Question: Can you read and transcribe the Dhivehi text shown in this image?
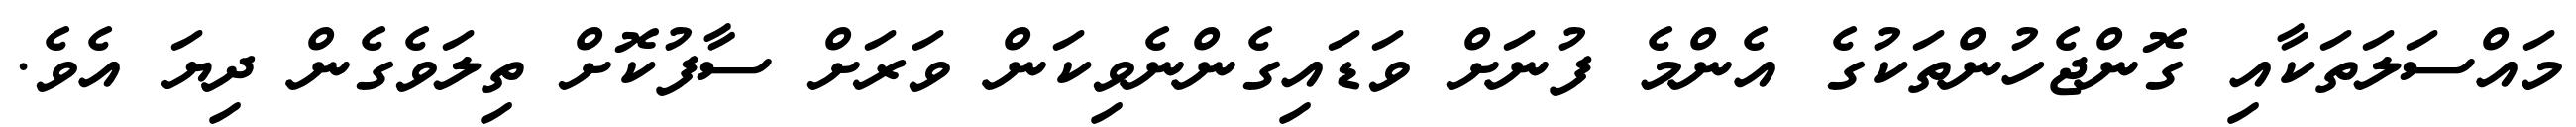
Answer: މައްސަލަތަކާއި ގޮންޖެހުންތަކުގެ އެންމެ ފުނަށް ވަޑައިގެންނެވިކަން ވަރަށް ސާފުކޮށް ތިލަވެގެން ދިޔަ އެވެ.